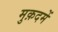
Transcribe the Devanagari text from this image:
मुक़दमें